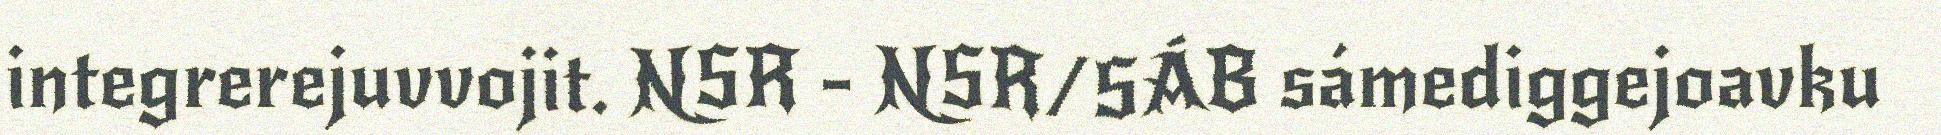
integrerejuvvojit. NSR - NSR/SÁB sámediggejoavku